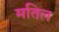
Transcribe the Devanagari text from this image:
मतिल